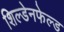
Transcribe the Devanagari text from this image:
शिल्डेनफेल्ड